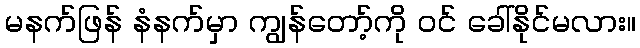
မနက်ဖြန် နံနက်မှာ ကျွန်တော့်ကို ဝင် ခေါ်နိုင်မလား။